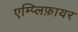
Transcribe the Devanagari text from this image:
एम्प्लिफ़ायर